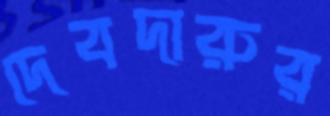
দেবদারুর